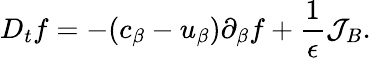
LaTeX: {D_{t}f}=-(c_{\beta}-u_{\beta})\partial_{\beta}f+\frac{1}{\epsilon}\mathcal{J}_{B}.